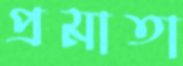
প্রমাতা